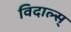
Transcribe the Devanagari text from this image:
विदाल्स्